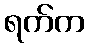
ရက်က